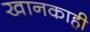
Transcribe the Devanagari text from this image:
खानकाही